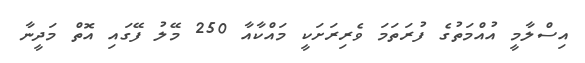
އިސްލާމީ އުއްމަތުގެ ފުރަތަމަ ވެރިރަށަކީ މައްކާއާ 250 މޭލު ފޭގައި އޮތް މަދީނާ